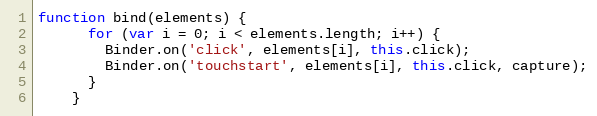
Language: JavaScript
function bind(elements) {
      for (var i = 0; i < elements.length; i++) {
        Binder.on('click', elements[i], this.click);
        Binder.on('touchstart', elements[i], this.click, capture);
      }
    }